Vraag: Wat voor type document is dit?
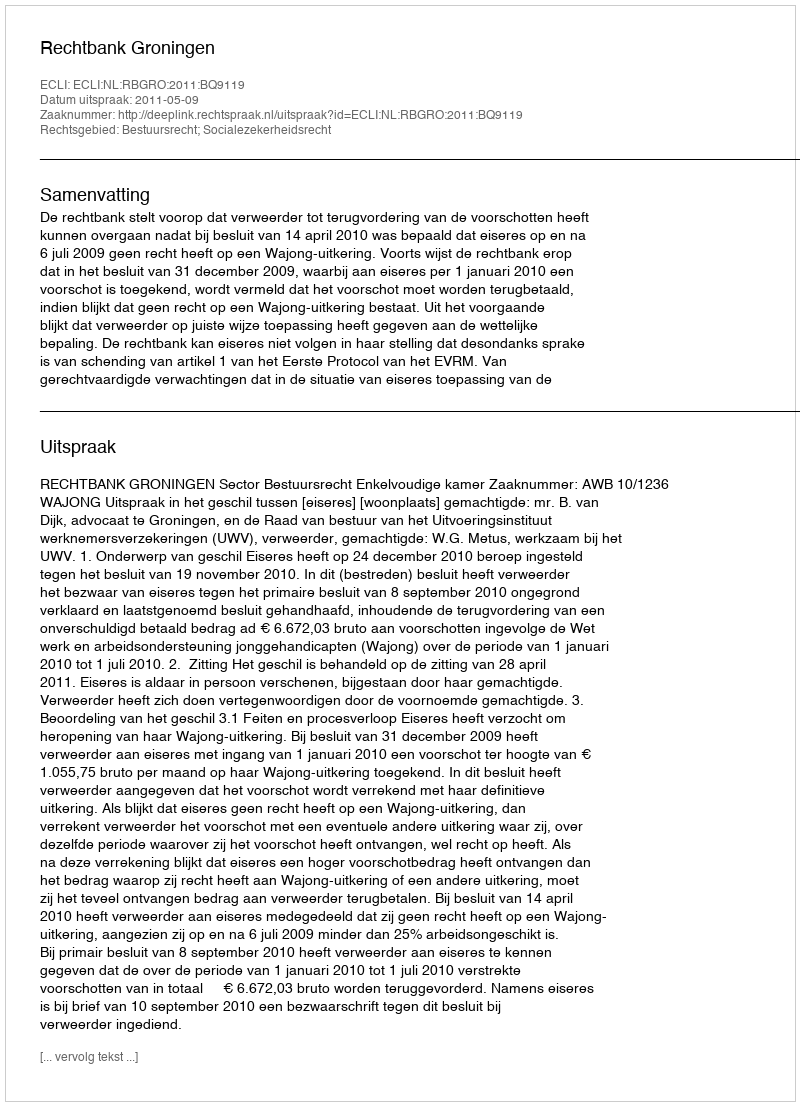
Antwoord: Uitspraak